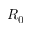
R _ { 0 }